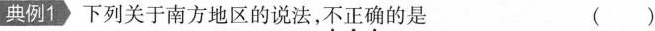
典例1 下列关于南方地区的说法，不正确的是 ( )